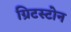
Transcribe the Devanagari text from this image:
ग्रिटस्टोन